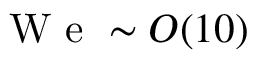
\mathrm { ~ W ~ e ~ } \sim O ( 1 0 )